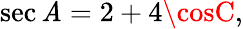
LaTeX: \sec\mathit{A}=2+4\cosC,